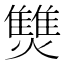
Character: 㸈